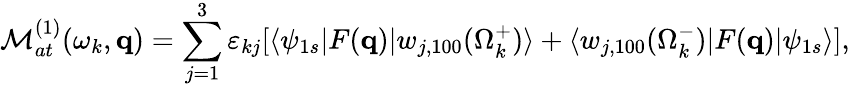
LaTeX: {\cal M}_{at}^{(1)}(\omega_{k},\mathbf{q})=\sum_{j=1}^{3}{\varepsilon}_{kj}[\langle\psi_{1s}|F(\mathbf{q})|{{w}}_{j,100}(\Omega_{k}^{+})\rangle+\langle{w}_{j,100}(\Omega_{k}^{-})|F(\mathbf{q})|\psi_{1s}\rangle],